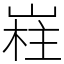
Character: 嵀